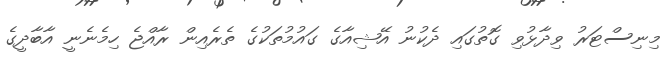
މިނިސްޓަރު ވިދާޅުވި ގޮތުގައި ދެކުނު އޭޝިއާގެ ގައުމުތަކުގެ ތެރެއިން ރާއްޖެ ހިމެނެނީ އާބާދީގެ